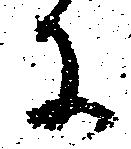
に